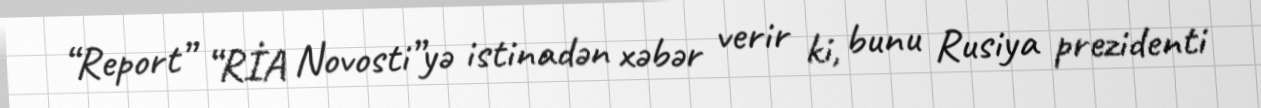
“Report” “RİA Novosti”yə istinadən xəbər verir ki, bunu Rusiya prezidenti